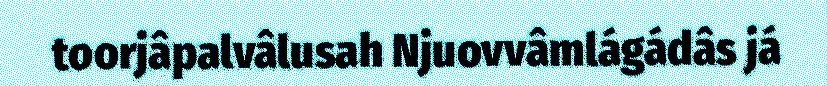
toorjâpalvâlusah Njuovvâmlágádâs já